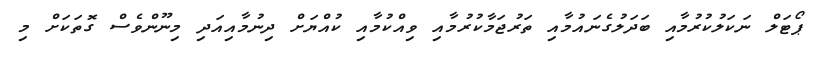
ޕޯޓަލް ނަކަލުކުރުމާއި ބަދަލުގެނައުމާއި ތަރުޖަމާކުރުމާއި ވިއްކުމާއި ކުއްޔަށް ދިނުމާއިއަދި މިނޫންވެސް ގޮތަކަށް މި